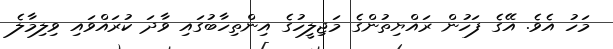
މަހު އެވެ. އޭގެ ފަހުން ރައްޔިތުންގެ މަޖިލީހުގެ އިންތިހާބުގައި ވާދަ ކުރައްވައި ވިލިމާލެ